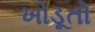
ખોડૂતો